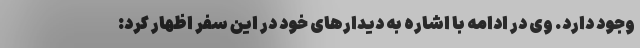
وجود دارد. وی در ادامه با اشاره به دیدارهای خود در این سفر اظهار کرد: